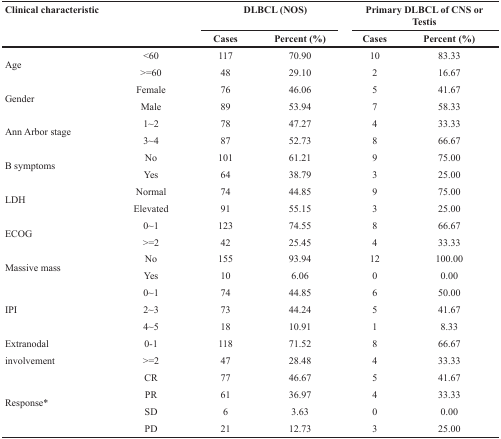
| <ROWSPAN=2-COLSPAN=2> Clinical characteristic | <COLSPAN=2> DLBCL (NOS) | <COLSPAN=2> Primary DLBCL of CNS or Testis |
 | Cases | Percent (%) | Cases | Percent (%) |
 | --- | --- | --- | --- | --- | --- |
 | <ROWSPAN=2> Age | <60 | 117 | 70.90 | 10 | 83.33 |
 | >=60 | 48 | 29.10 | 2 | 16.67 |
 | <ROWSPAN=2> Gender | Female | 76 | 46.06 | 5 | 41.67 |
 | Male | 89 | 53.94 | 7 | 58.33 |
 | <ROWSPAN=2> Ann Arbor stage | 1~2 | 78 | 47.27 | 4 | 33.33 |
 | 3~4 | 87 | 52.73 | 8 | 66.67 |
 | <ROWSPAN=2> B symptoms | No | 101 | 61.21 | 9 | 75.00 |
 | Yes | 64 | 38.79 | 3 | 25.00 |
 | <ROWSPAN=2> LDH | Normal | 74 | 44.85 | 9 | 75.00 |
 | Elevated | 91 | 55.15 | 3 | 25.00 |
 | <ROWSPAN=2> ECOG | 0~1 | 123 | 74.55 | 8 | 66.67 |
 | >=2 | 42 | 25.45 | 4 | 33.33 |
 | <ROWSPAN=2> Massive mass | No | 155 | 93.94 | 12 | 100.00 |
 | Yes | 10 | 6.06 | 0 | 0.00 |
 | <ROWSPAN=3> IPI | 0~1 | 74 | 44.85 | 6 | 50.00 |
 | 2~3 | 73 | 44.24 | 5 | 41.67 |
 | 4~5 | 18 | 10.91 | 1 | 8.33 |
 | <ROWSPAN=2> Extranodal involvement | 0-1 | 118 | 71.52 | 8 | 66.67 |
 | >=2 | 47 | 28.48 | 4 | 33.33 |
 | <ROWSPAN=4> Response* | CR | 77 | 46.67 | 5 | 41.67 |
 | PR | 61 | 36.97 | 4 | 33.33 |
 | SD | 6 | 3.63 | 0 | 0.00 |
 | PD | 21 | 12.73 | 3 | 25.00 |